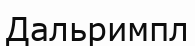
Дальримпл